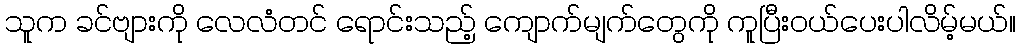
သူက ခင်ဗျားကို လေလံတင် ရောင်းသည့် ကျောက်မျက်တွေကို ကူပြီးဝယ်ပေးပါလိမ့်မယ်။